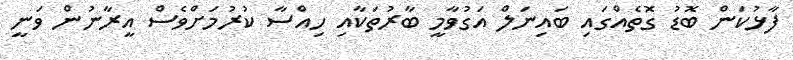
ފާޅުކަން ބޮޑު ގޮތެއްގައި ބައިނަލް އަގުވާމީ ބާރުތަކާއި ހިއްސާ ކުރުމަށްވެސް އީރާނުން ވަނީ